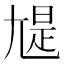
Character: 𡯻